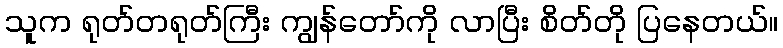
သူက ရုတ်တရုတ်ကြီး ကျွန်တော်ကို လာပြီး စိတ်တို ပြနေတယ်။